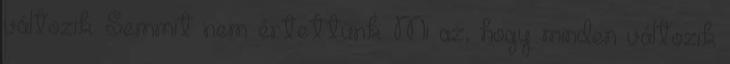
változik. Semmit nem értettünk. Mi az, hogy minden változik